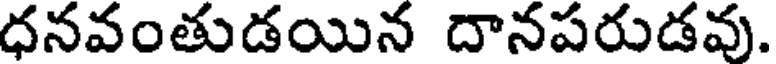
ధనవంతుడయిన దానపరుడవు.